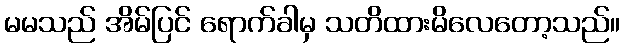
မမသည် အိမ်ပြင် ရောက်ခါမှ သတိထားမိလေတော့သည်။